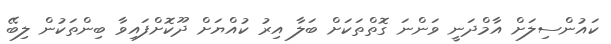
ކައުންސިލަށް އާމްދަނީ ވަންނަ ގޮތްތަކަށް ބަލާ އިރު ކުއްޔަށް ދޫކޮށްފައިވާ ބިންތަކުން ލިބޭ